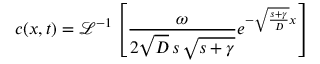
c ( x , t ) = \mathcal { L } ^ { - 1 } \left[ \frac { \omega } { 2 \sqrt { D } \, s \, \sqrt { s + \gamma } } e ^ { - \sqrt { \frac { s + \gamma } { D } } x } \right]